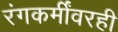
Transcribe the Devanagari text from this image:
रंगकर्मींवरही